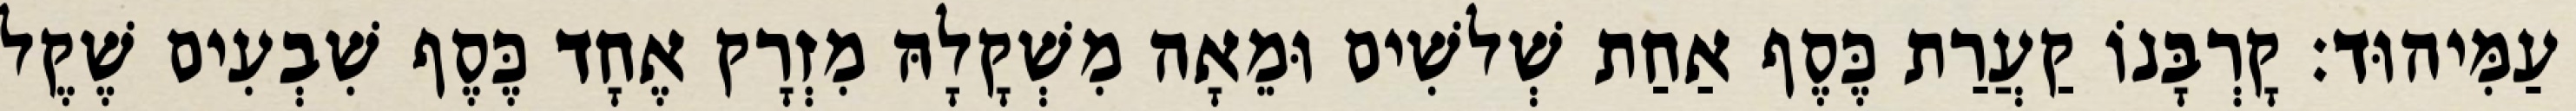
עַמִּיהוּד׃ קָרְבָּנוֹ קַעֲרַת כֶּסֶף אַחַת שְׁלשִׁים וּמֵאָה מִשְׁקָלָהּ מִזְרָק אֶחָד כֶּסֶף שִׁבְעִים שֶׁקֶל